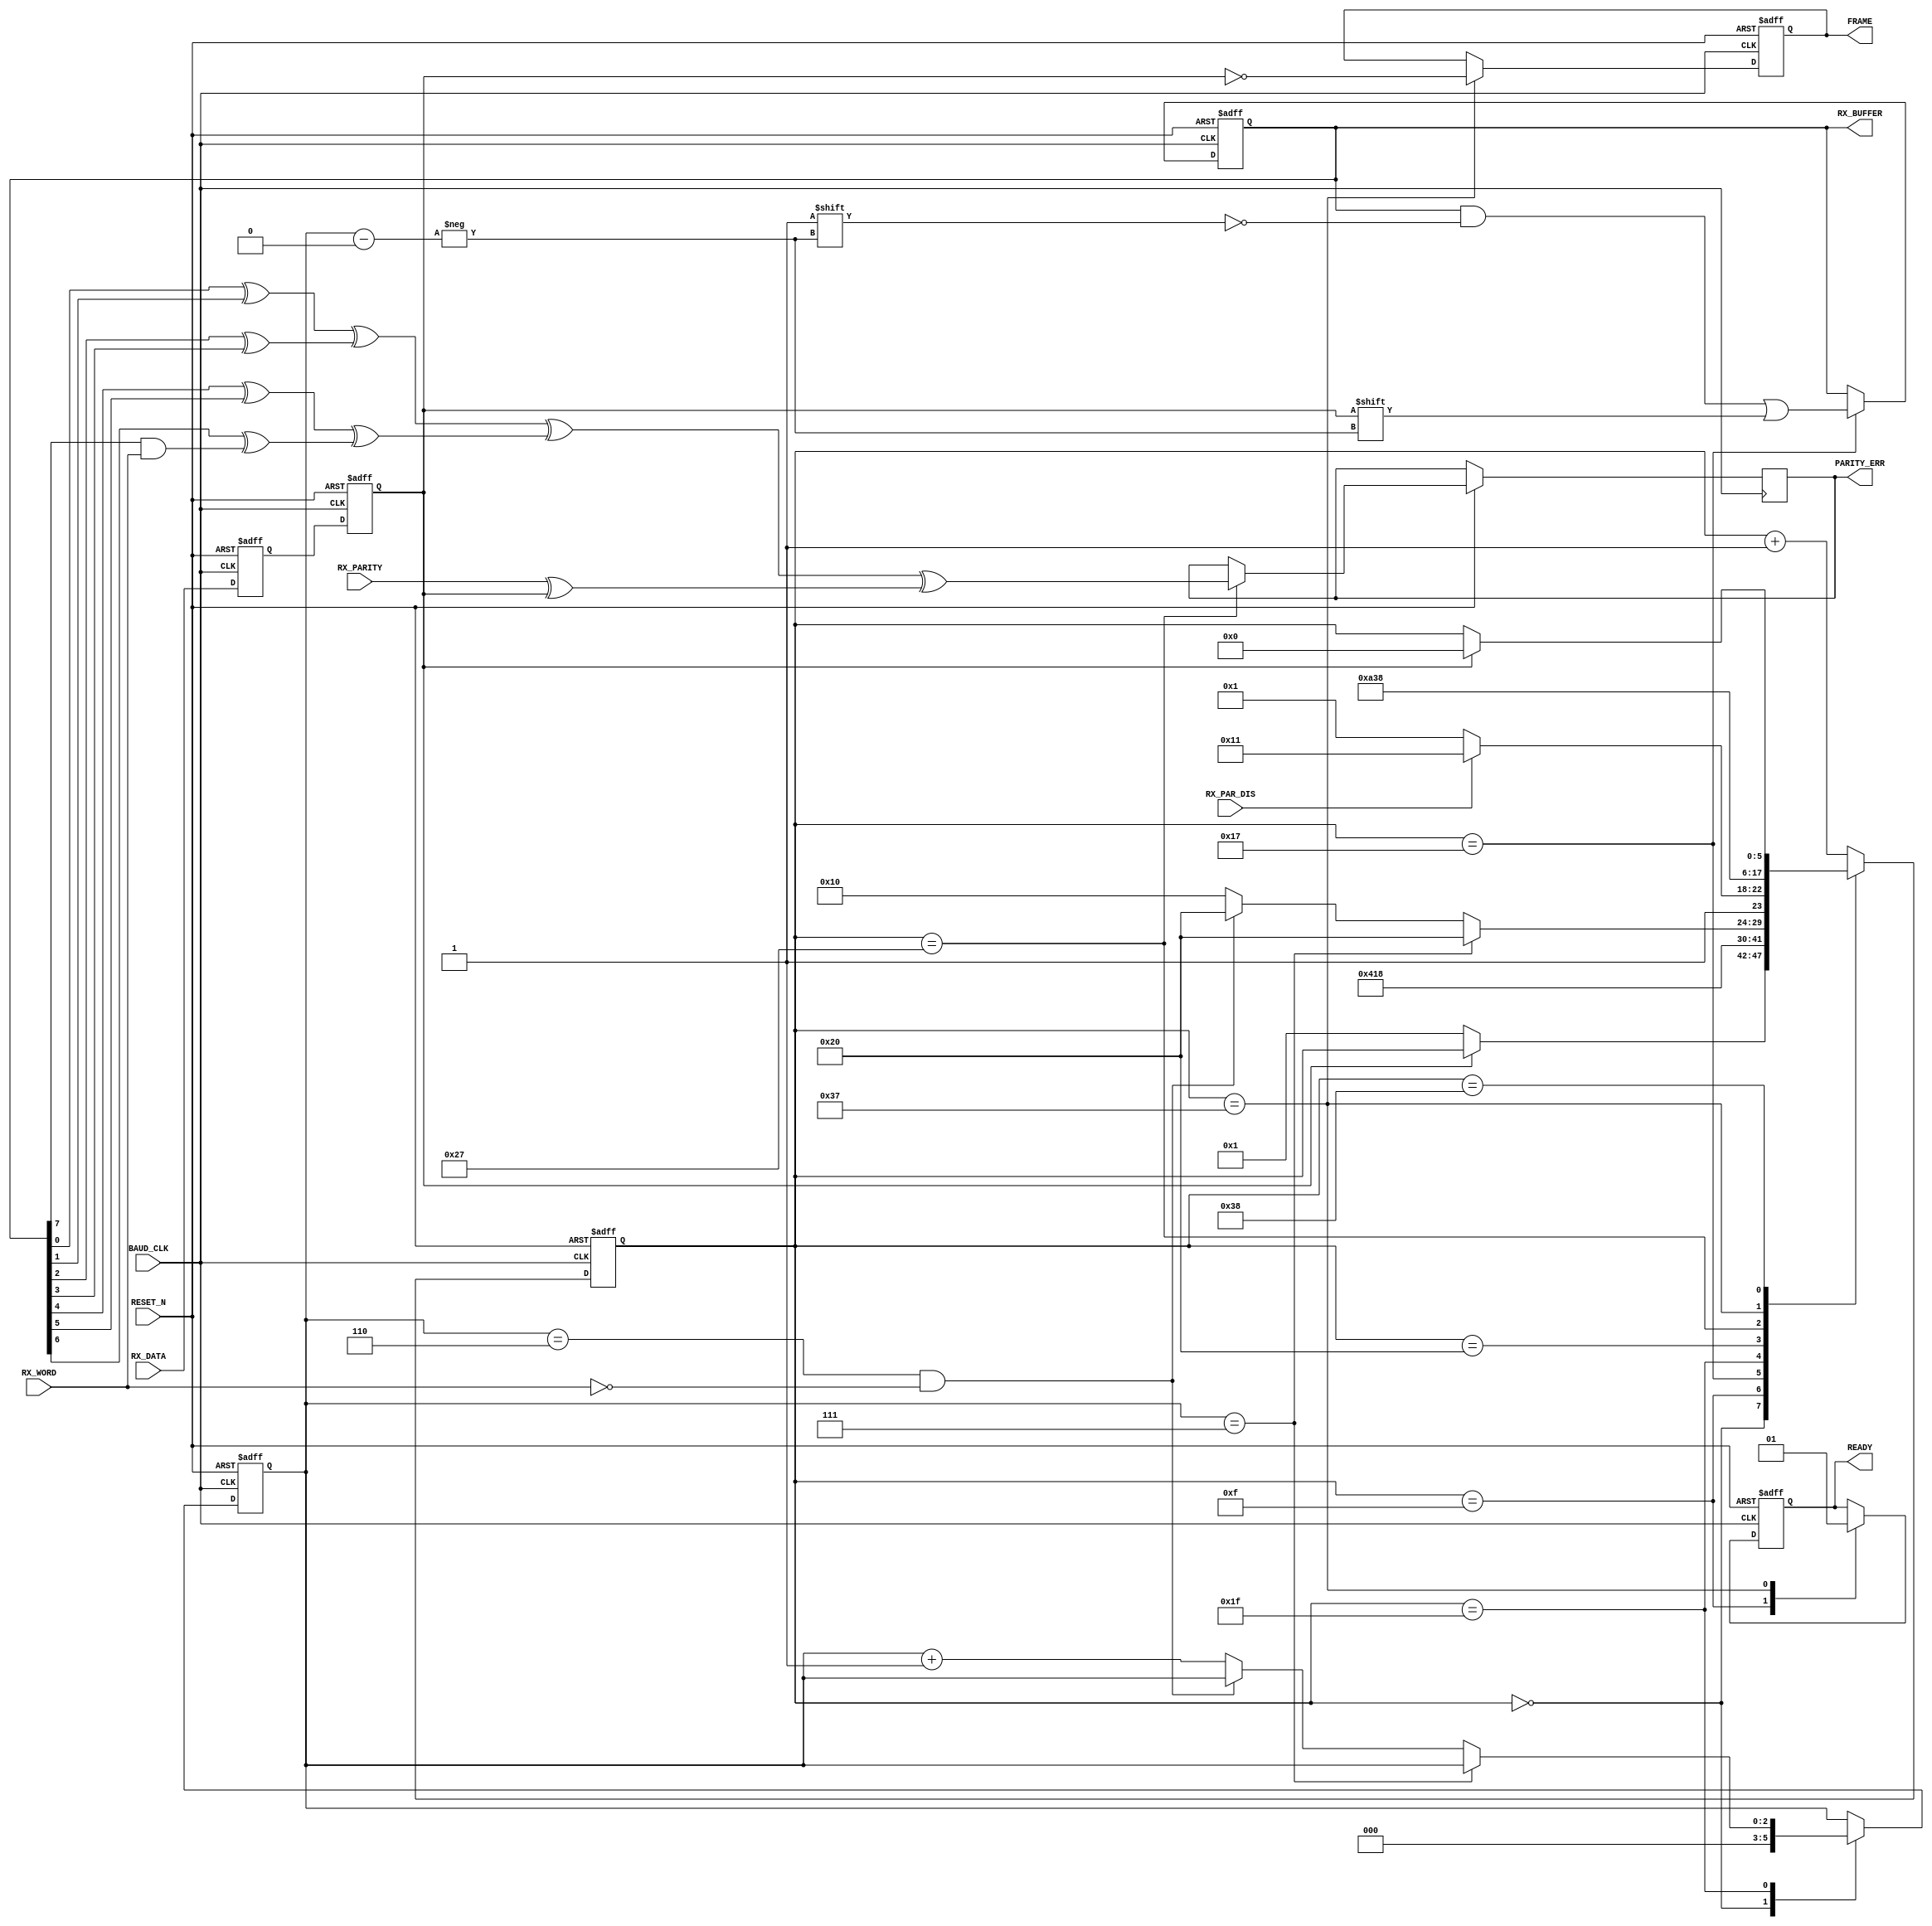
////////////////////////////////////////////////////////////////////////////////
// Project Name:	CoCo3FPGA Version 3.0
//
// CoCo3 in an FPGA
//
// Revision: 3.0 08/15/15
////////////////////////////////////////////////////////////////////////////////
//
// CPU section copyrighted by John Kent
// The FDC co-processor copyrighted Daniel Wallner.
//
////////////////////////////////////////////////////////////////////////////////
//
// Color Computer 3 compatible system on a chip
//
// Version : 3.0
//
// Copyright (c) 2008 Gary Becker (gary_l_becker@yahoo.com)
//
// All rights reserved
//
// Redistribution and use in source and synthezised forms, with or without
// modification, are permitted provided that the following conditions are met:
//
// Redistributions of source code must retain the above copyright notice,
// this list of conditions and the following disclaimer.
//
// Redistributions in synthesized form must reproduce the above copyright
// notice, this list of conditions and the following disclaimer in the
// documentation and/or other materials provided with the distribution.
//
// Neither the name of the author nor the names of other contributors may
// be used to endorse or promote products derived from this software without
// specific prior written permission.
//
// THIS SOFTWARE IS PROVIDED BY THE COPYRIGHT HOLDERS AND CONTRIBUTORS "AS IS"
// AND ANY EXPRESS OR IMPLIED WARRANTIES, INCLUDING, BUT NOT LIMITED TO,
// THE IMPLIED WARRANTIES OF MERCHANTABILITY AND FITNESS FOR A PARTICULAR
// PURPOSE ARE DISCLAIMED. IN NO EVENT SHALL THE AUTHOR OR CONTRIBUTORS BE
// LIABLE FOR ANY DIRECT, INDIRECT, INCIDENTAL, SPECIAL, EXEMPLARY, OR
// CONSEQUENTIAL DAMAGES (INCLUDING, BUT NOT LIMITED TO, PROCUREMENT OF
// SUBSTITUTE GOODS OR SERVICES; LOSS OF USE, DATA, OR PROFITS; OR BUSINESS
// INTERRUPTION) HOWEVER CAUSED AND ON ANY THEORY OF LIABILITY, WHETHER IN
// CONTRACT, STRICT LIABILITY, OR TORT (INCLUDING NEGLIGENCE OR OTHERWISE)
// ARISING IN ANY WAY OUT OF THE USE OF THIS SOFTWARE, EVEN IF ADVISED OF THE
// POSSIBILITY OF SUCH DAMAGE.
//
// Please report bugs to the author, but before you do so, please
// make sure that this is not a derivative work and that
// you have the latest version of this file.
//
// The latest version of this file can be found at:
//      http://groups.yahoo.com/group/CoCo3FPGA
//
// File history :
//
//  1.0		Full Release
//  2.0		Partial Release
//  3.0		Full Release
////////////////////////////////////////////////////////////////////////////////
// Gary Becker
// gary_L_becker@yahoo.com
////////////////////////////////////////////////////////////////////////////////

module UART_RX(
RESET_N,
BAUD_CLK,
RX_DATA,
RX_BUFFER,
//RX_READY,
RX_WORD,
RX_PAR_DIS,
RX_PARITY,
PARITY_ERR,
//OVERRUN,
FRAME,
READY
);

input					RESET_N;
input					BAUD_CLK;
input					RX_DATA;
output	[7:0]		RX_BUFFER;
reg		[7:0]		RX_BUFFER;
input					RX_WORD;
input					RX_PAR_DIS;
input					RX_PARITY;
output				PARITY_ERR;
reg					PARITY_ERR;
output				FRAME;
reg					FRAME;
output				READY;
reg					READY;
reg		[5:0]		STATE;
reg		[2:0]		BIT;

reg					RX_DATA0;
reg					RX_DATA1;

always @ (posedge BAUD_CLK or negedge RESET_N)
begin
	if(!RESET_N)
	begin
		RX_BUFFER <= 8'h00;
		STATE <= 6'b000000;
		FRAME <= 1'b0;
		BIT <= 3'b000;
		RX_DATA0 <= 1'b1;
		RX_DATA1 <= 1'b1;
		READY <= 1'b0;
	end
	else
	begin
		RX_DATA0 <= RX_DATA;
		RX_DATA1 <= RX_DATA0;
		case (STATE)
		6'b000000:
		begin
			BIT <= 3'b000;
			if(~RX_DATA1)
				STATE <= 6'b000001;
		end
		6'b001111:								// End of start bit, flag data not ready
		begin										// If data is not retrieved before this, then overrun
			READY <= 1'b0;
			STATE <= 6'b010000;
		end
		6'b010111:								// Middle of data bits
		begin
			RX_BUFFER[BIT] <= RX_DATA1;
			STATE <= 6'b011000;
		end
		6'b011111:								// End of data bit
		begin
			if(BIT == 3'b111)
				STATE <= 6'b100000;
			else
			begin
				if((BIT == 3'b110) && !RX_WORD)
					STATE <= 6'b100000;
				else
				begin
					BIT <= BIT + 1'b1;
					STATE <= 6'b010000;
				end
			end
		end
		6'b100000:							// Start of parity bit, if enabled
		begin
			if(RX_PAR_DIS)
				STATE <= 6'b110001;		// get stop
			else
				STATE <= 6'b100001;		// get parity
		end
		6'b100111:							//39 middle of parity bit
		begin
			PARITY_ERR <=((((RX_BUFFER[0] ^ RX_BUFFER[1])
							 ^  (RX_BUFFER[2] ^ RX_BUFFER[3]))
							 ^ ((RX_BUFFER[4] ^ RX_BUFFER[5])
							 ^  (RX_BUFFER[6] ^ (RX_BUFFER[7] & RX_WORD))))	// clear bit #8 if only 7 bits
							 ^  (RX_PARITY ^ RX_DATA1));
			STATE <= 6'b101000;
		end
		6'b110111:							//55 middle of stop bit
		begin
			READY <= 1'b1;					// This is the last info we need, so signal ready
			FRAME <= !RX_DATA1;			// if data != 1 then not stop bit
			STATE <= 6'b111000;
		end
// In case of a framing error, wait until data is 1 then start over
		6'b111000:
		begin
			if(RX_DATA1)						// wait until data = 1
				STATE <= 6'b000000;
		end
		default: STATE <= STATE + 1'b1;
		endcase
	end
end

endmodule